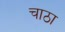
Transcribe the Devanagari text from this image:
चाठा